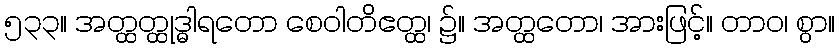
၅၃၃။ အတ္ထတ္ထုဒ္ဓါရတော စေဝါတိဧတ္ထ၊ ၌။ အတ္ထတော၊ အားဖြင့်။ တာဝ၊ စွာ။